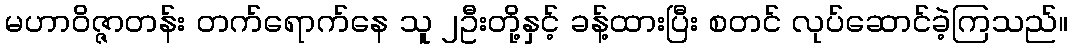
မဟာဝိဇ္ဇာတန်း တက်ရောက်နေ သူ ၂ဦးတို့နှင့် ခန့်ထားပြီး စတင် လုပ်ဆောင်ခဲ့ကြသည်။